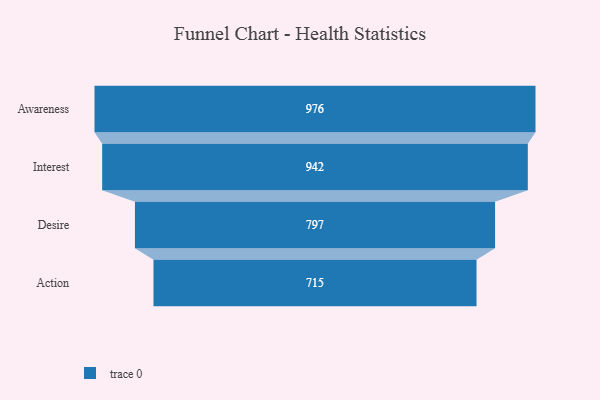
{"axis": {"x": "Stage", "y": "Value"}, "legend": [""], "data": [{"x": "Awareness", "y": 976.0, "type": ""}, {"x": "Interest", "y": 942.0, "type": ""}, {"x": "Desire", "y": 797.0, "type": ""}, {"x": "Action", "y": 715.0, "type": ""}]}